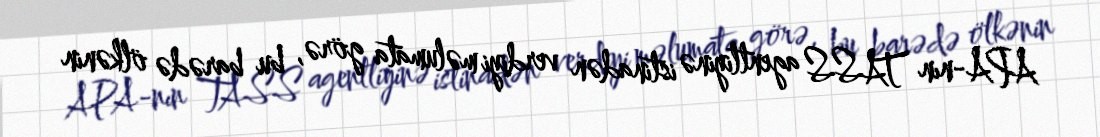
APA-nın TASS agentliyinə istinadən verdiyi məlumata görə, bu barədə ölkənin